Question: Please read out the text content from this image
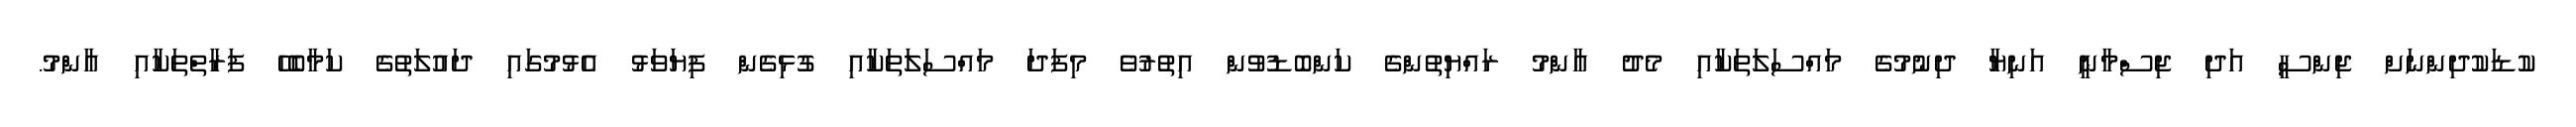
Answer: ކުޑަކުދިންނަށް ޖިންސީ އަދި ޖިސްމާނީ އަނިޔާ ދިނުމުގެ މައްސަލަތަކާއި މެދު އާންމު ރައްޔިތުންގެ ކަންބޮޑުވުން އިތުރުވެ މިފަދަ މައްސަލަތަކާއި ގުޅިގެން ފިޔަވަޅު އެޅުމުގައި ދައުލަތުގެ ކަމާބެހޭ ފަރާތްތަކާއި އާންމު.